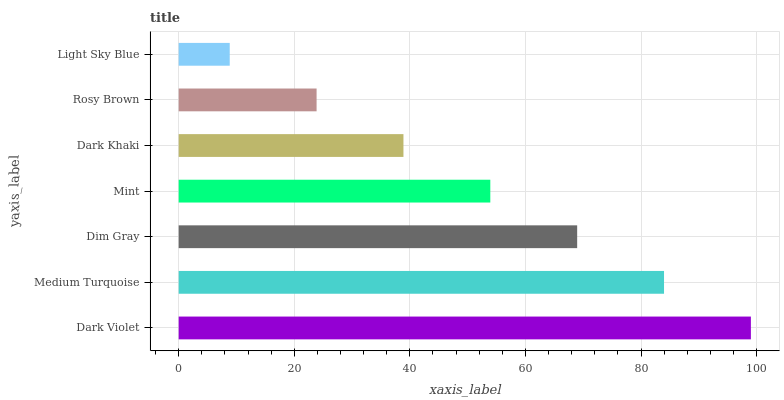
| yaxis_label | bars |
 | --- | --- |
 | Dark Violet | 99 |
 | Medium Turquoise | 84 |
 | Dim Gray | 68.9 |
 | Mint | 53.9 |
 | Dark Khaki | 38.9 |
 | Rosy Brown | 23.9 |
 | Light Sky Blue | 8.83 |